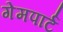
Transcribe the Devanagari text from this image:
गेमपार्ट